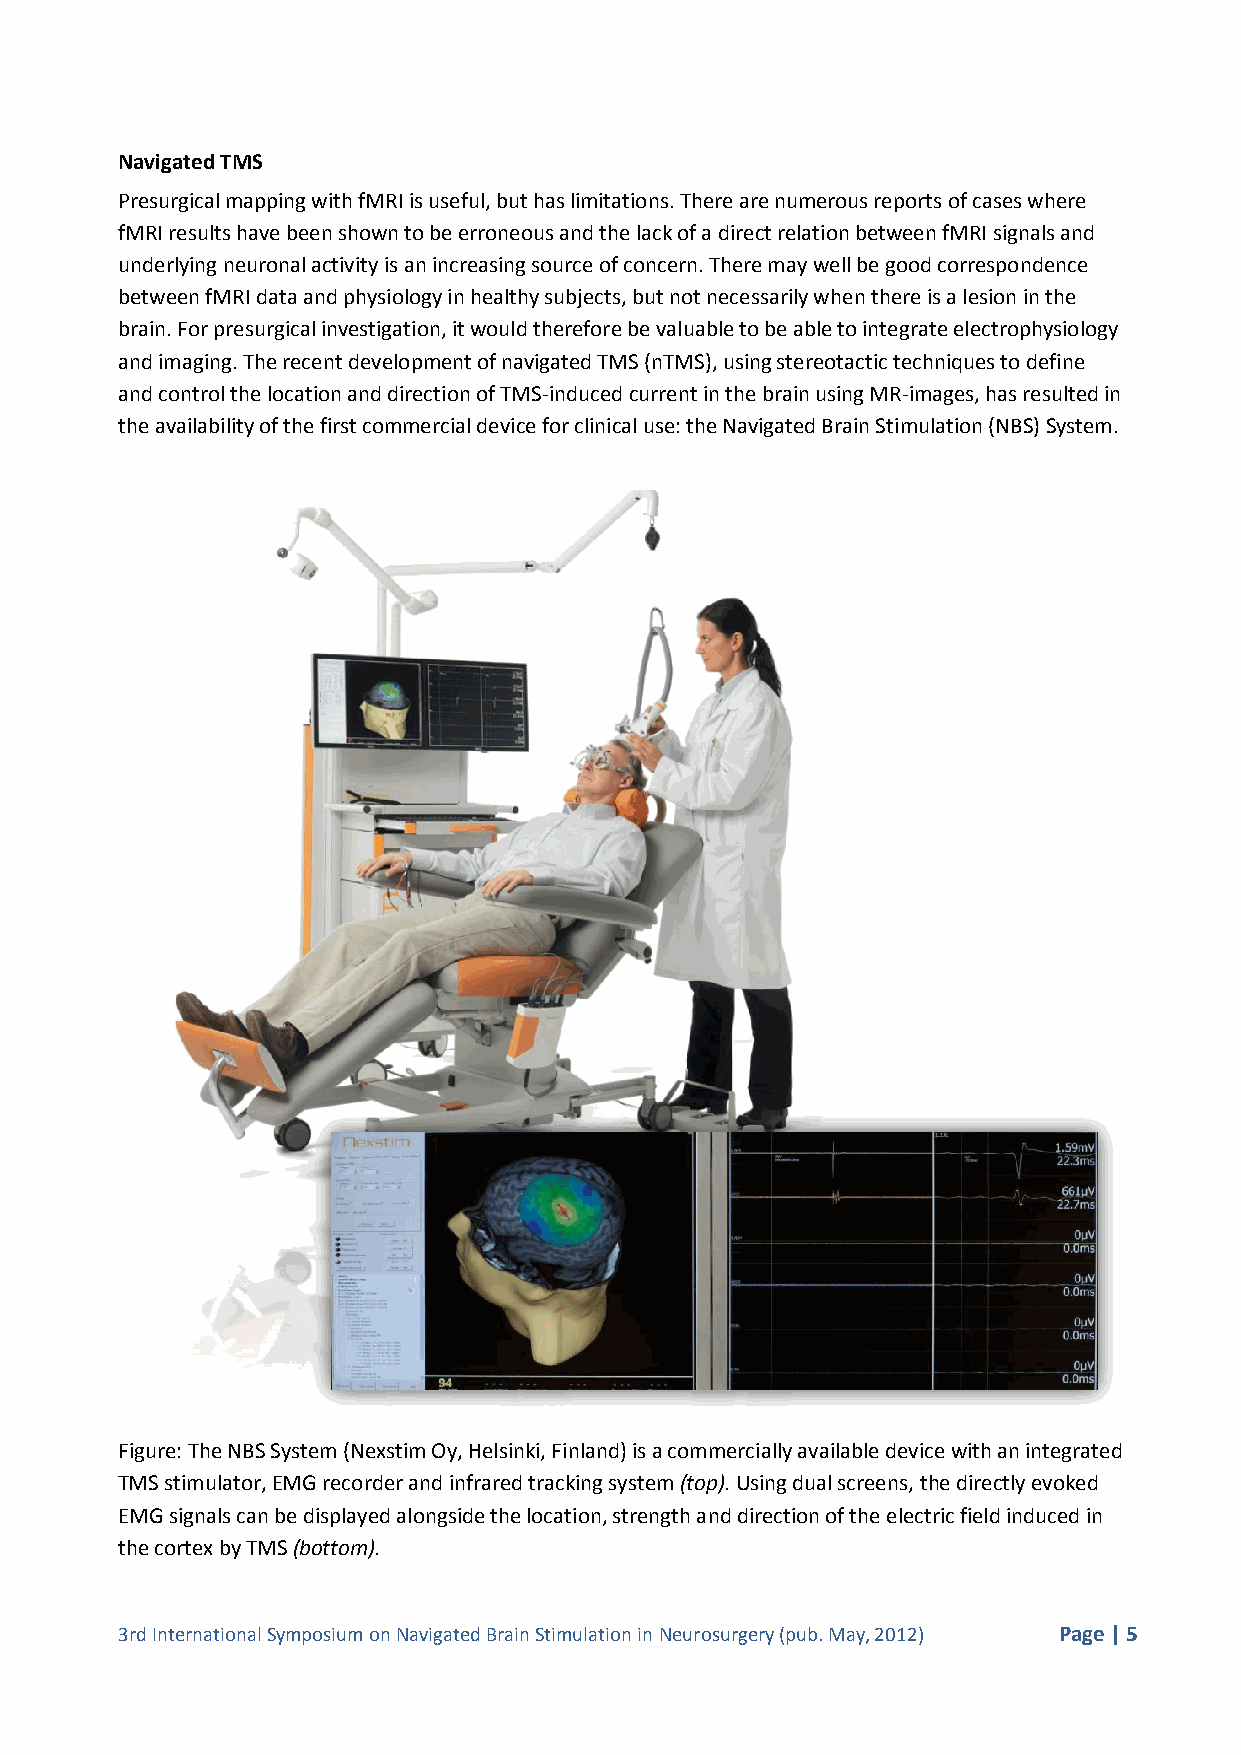
Navigated TMS
 Presurgical mapping with fMRI is useful, but has limitations. There are numerous reports of cases where
 fMRI results have been shown to be erroneous and the lack of a direct relation between fMRI signals and
 underlying neuronal activity is an increasing source of concern. There may well be good correspondence
 between fMRI data and physiology in healthy subjects, but not necessarily when there is a lesion in the
 brain. For presurgical investigation, it would therefore be valuable to be able to integrate electrophysiology
 and imaging. The recent development of navigated TMS (nTMS), using stereotactic techniques to define
 and control the location and direction of TMS-induced current in the brain using MR-images, has resulted in
 the availability of the first commercial device for clinical use: the Navigated Brain Stimulation (NBS) System.
 Figure: The NBS System (Nexstim Oy, Helsinki, Finland) is a commercially available device with an integrated
 TMS stimulator, EMG recorder and infrared tracking system (top). Using dual screens, the directly evoked
 EMG signals can be displayed alongside the location, strength and direction of the electric field induced in
 the cortex by TMS (bottom).
 3rd International Symposium on Navigated Brain Stimulation in Neurosurgery (pub. May, 2012) Page | 5